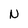
Character: N